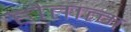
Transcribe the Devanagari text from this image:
हौतात्म